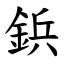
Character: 鋲